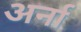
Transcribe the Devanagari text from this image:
अर्ना